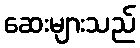
ဆေးများသည်